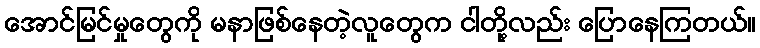
အောင်မြင်မှုတွေကို မနာဖြစ်နေတဲ့လူတွေက ငါတို့လည်း ပြောနေကြတယ်။